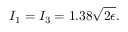
I _ { 1 } = I _ { 3 } = 1 . 3 8 \sqrt { 2 \epsilon } .